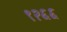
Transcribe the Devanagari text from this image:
९२६६